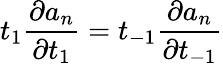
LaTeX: t_{1}\frac{\partial a_{n}}{\partial t_{1}}=t_{-1}\frac{\partial a_{n}}{\partial t_{-1}}